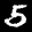
Label: 5